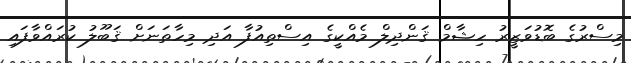
މިސްރުގެ ބޮޑުވަޒީރު ހިޝާމް ޤަންދިލް މެއްކީގެ އިސްތިއުފާ އަދި މިހާތަނަށް ޤަބޫލު ކުރައްވާފައި